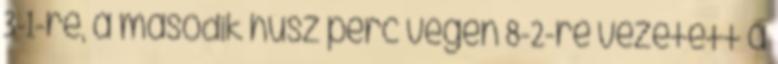
3-1-re, a második húsz perc végén 8-2-re vezetett a